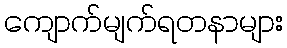
ကျောက်မျက်ရတနာများ